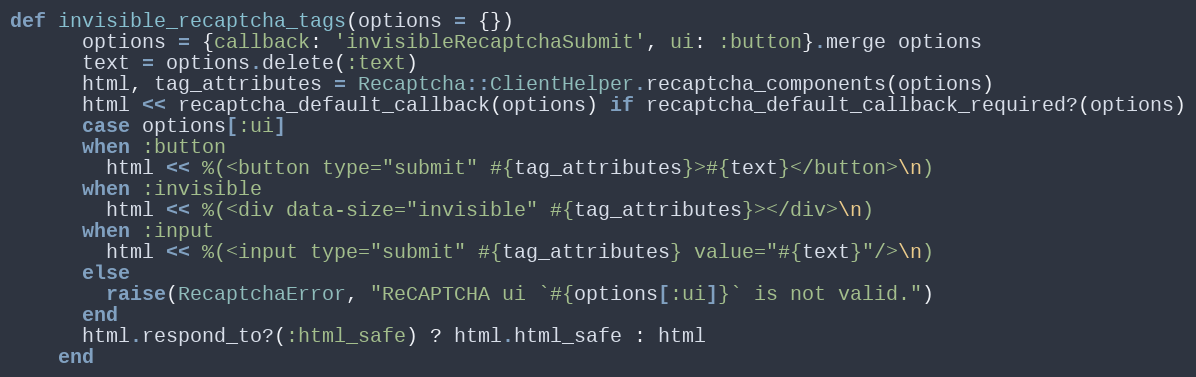
Language: Ruby
def invisible_recaptcha_tags(options = {})
      options = {callback: 'invisibleRecaptchaSubmit', ui: :button}.merge options
      text = options.delete(:text)
      html, tag_attributes = Recaptcha::ClientHelper.recaptcha_components(options)
      html << recaptcha_default_callback(options) if recaptcha_default_callback_required?(options)
      case options[:ui]
      when :button
        html << %(<button type="submit" #{tag_attributes}>#{text}</button>\n)
      when :invisible
        html << %(<div data-size="invisible" #{tag_attributes}></div>\n)
      when :input
        html << %(<input type="submit" #{tag_attributes} value="#{text}"/>\n)
      else
        raise(RecaptchaError, "ReCAPTCHA ui `#{options[:ui]}` is not valid.")
      end
      html.respond_to?(:html_safe) ? html.html_safe : html
    end